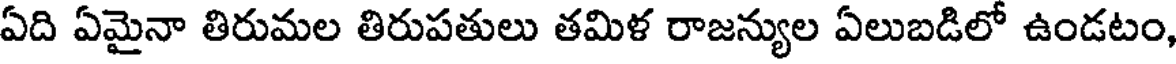
ఏది ఏమైనా తిరుమల తిరుపతులు తమిళ రాజన్యుల ఏలుబడిలో ఉండటం,